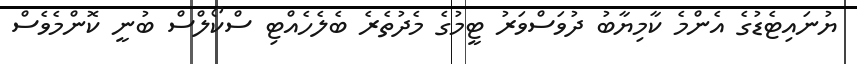
ޔުނައިޓެޑުގެ އެންމެ ކާމިޔާބު ދުވަސްވަރު ޓީމުގެ މެދުތެރެ ބެލެހެއްޓި ސްކޯލްސް ބުނީ ކޮންމެވެސް